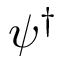
\psi ^ { \dagger }